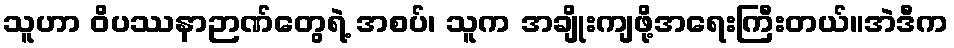
သူဟာ ဝိပဿနာဉာဏ်တွေရဲ့ အစပ်၊ သူက အချိုးကျဖို့အရေးကြီးတယ်။အဲဒီက